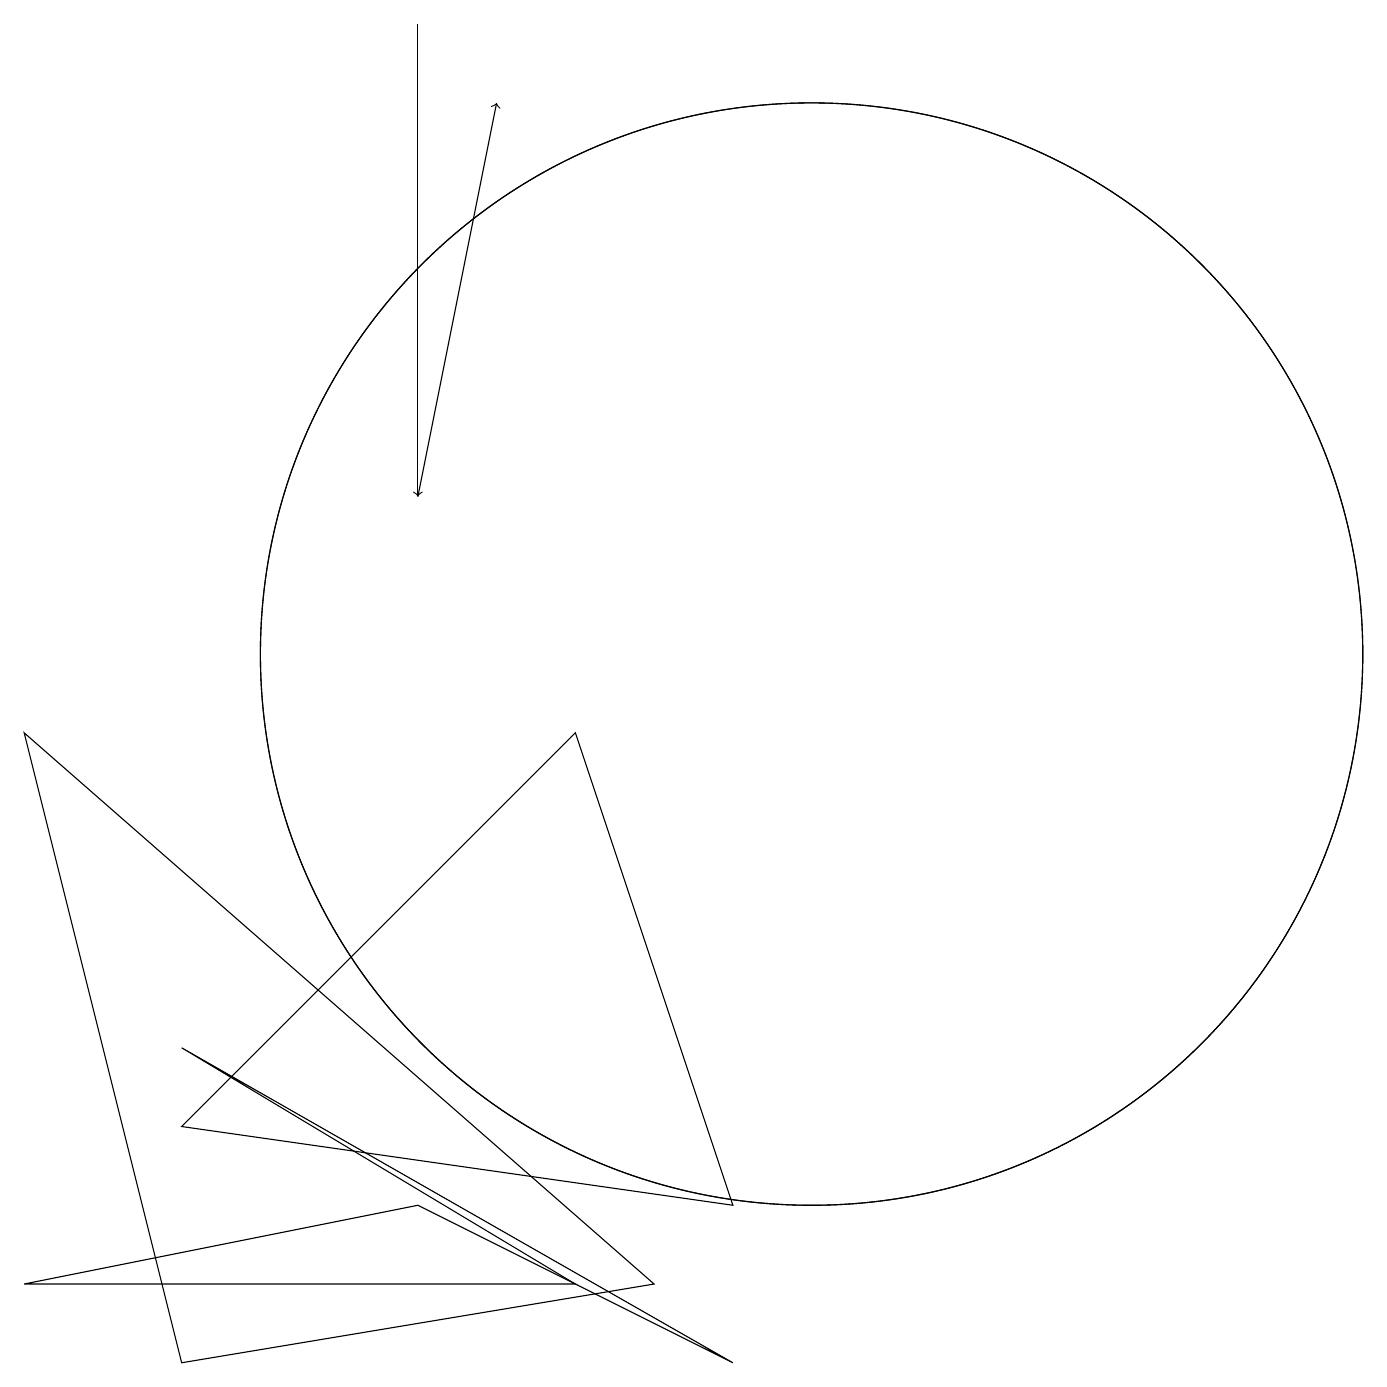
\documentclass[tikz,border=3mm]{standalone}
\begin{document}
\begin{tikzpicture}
\draw (10,10) circle (7);
\draw (0,9) -- (8,2) -- (2,1) -- cycle;
\draw (7,2) -- (5,3) -- (0,2) -- cycle;
\draw[->] (5,12) -- (6,17);
\draw[->] (5,18) -- (5,12);
\draw (10,10) circle (7);
\draw (9,3) -- (2,4) -- (7,9) -- cycle;
\draw (9,1) -- (7,2) -- (2,5) -- cycle;
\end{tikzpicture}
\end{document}